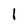
Character: 1